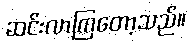
ဆင်းလာကြတော့သည်။